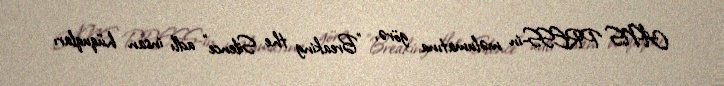
ANS PRESS-in məlumatına görə, "Breaking the Silence" adlı insan hüquqları